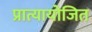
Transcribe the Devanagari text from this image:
प्रात्यायोजित